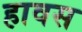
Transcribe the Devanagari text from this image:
हावस